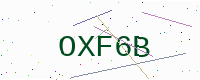
Text: OXF6B